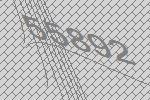
55892